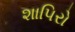
શાપિરો